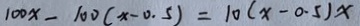
1 0 0 x - 1 0 0 ( x - 0 . 5 ) = 1 0 ( x - 0 . 5 ) x